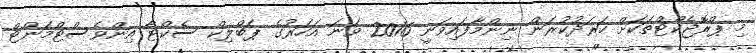
މި ޕްރޮޖެކްޓްތަކަށް ހަރަދުކުރަން ނިންމާފައިވަނީ 2016 ވަނަ އަހަރުގެ ޕަބްލިކް ސެކްޓާ އިންވެސްޓްމަންޓް